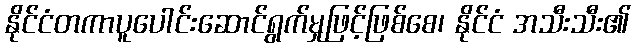
နိုင်ငံတကာပူပေါင်းဆောင်ရွက်မှုဖြင့်ဖြစ်စေ၊ နိုင်ငံ အသီးသီး၏